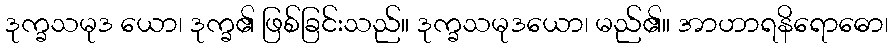
ဒုက္ခသမုဒ ယော၊ ဒုက္ခ၏ ဖြစ်ခြင်းသည်။ ဒုက္ခသမုဒယော၊ မည်၏။ အာဟာရနိရောဓော၊